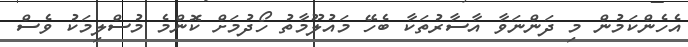
އެހެންކަމުން މި ދަންނަވާ އާސާރުތަކާ ބެހޭ މައުލޫމާތު ހޯދުމަށް ކޮންމެ މުސްލިމަކު ވެސް